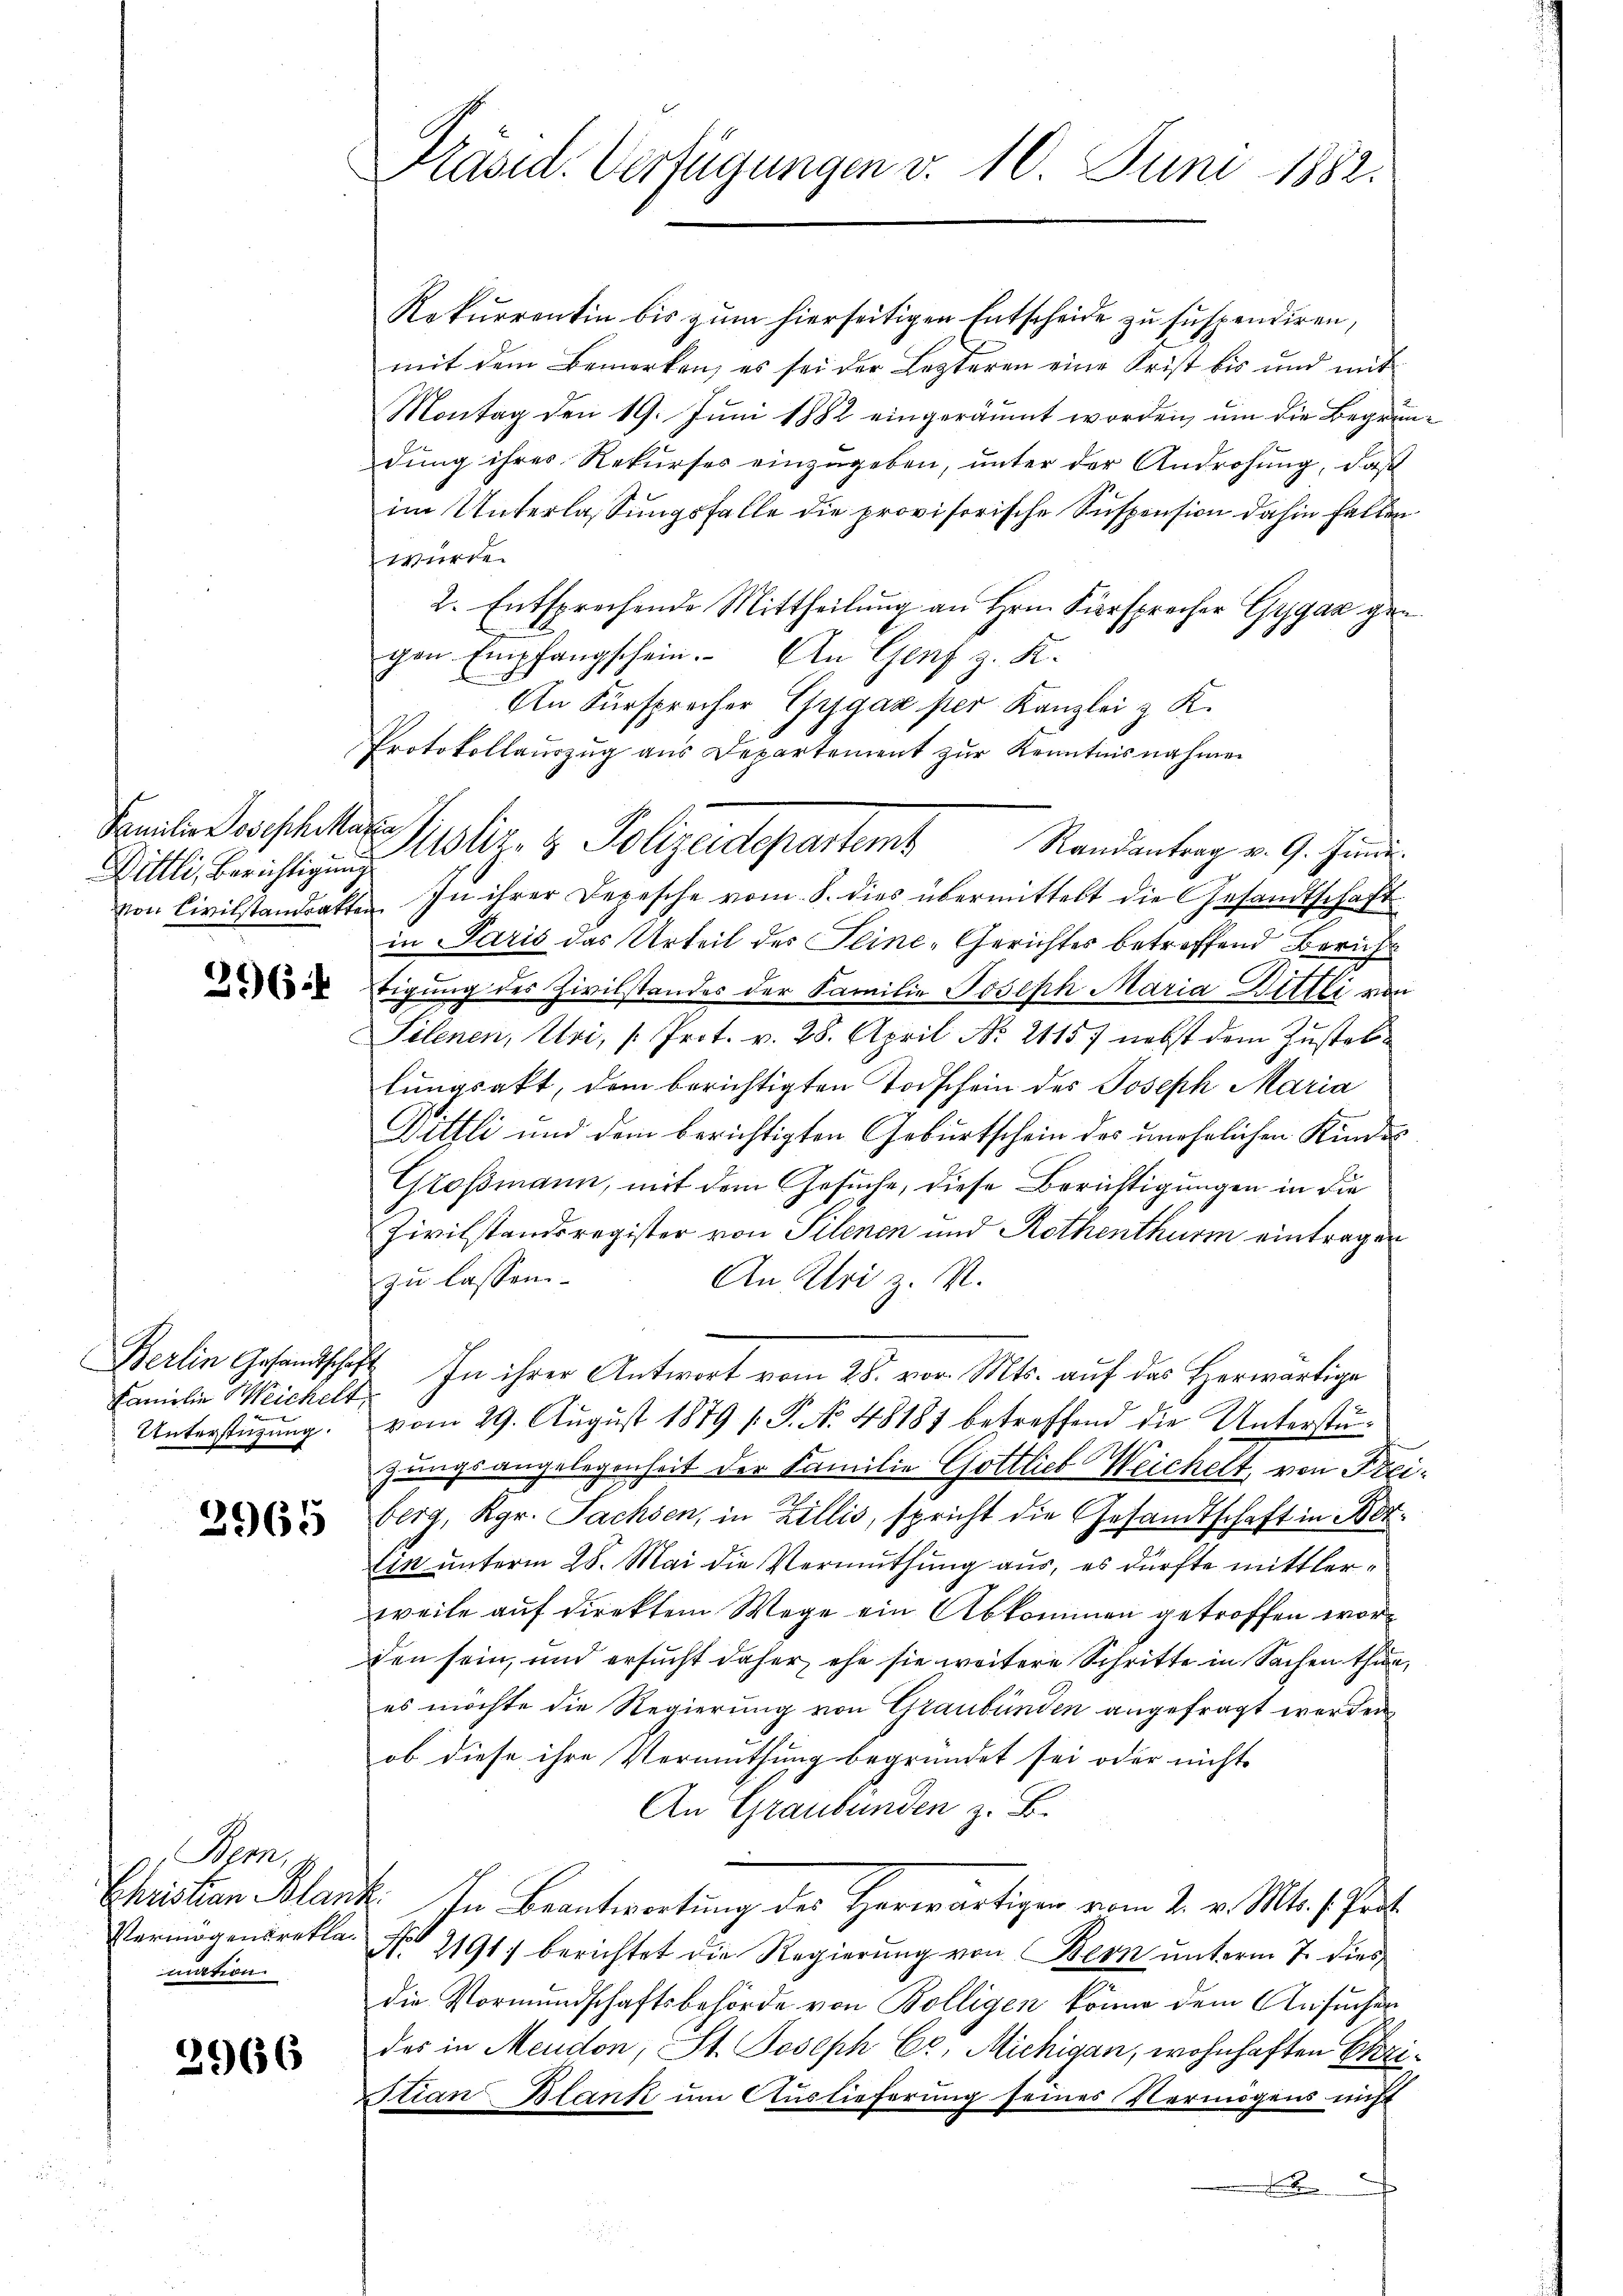
Dillli, Berichtigung

396.

Berlin Gesandtschaf
Familie Weichelt,
Unterstüzung.

3965

Pens
Christian Blan
Vermögensrekla-
mation.

2966

Präsid. Verfügungen v. 10. Juni 1882.

h

Rekurrentin bis zum hierseitigen Entscheide zu suspendiren,
mit dem Bemerken, es sei der Lezteren eine Frist bis und mit
Montag den 19. Juni 1882 eingeräumt worden, um die Begründung ihres Rekurses einzugeben, unter der Androhung, daß
im Unterlassungsfalle die provisorische Suspension dahin fallen
würde.
2. Entsprechende Mittheilŭng an Hrn. Fürsprecher Gygaz gen
gen Empfangschein. An Genf z. K.
An Fürsprecher Organ per Kanzlei z. K.
Protokollaŭszŭg aŭs Departement zŭr Kenntnisnahmen
von Civilstandsakten. In ihrer Depesche vom 8. dies übermittelt die Gesandtschaft
in Paris das Urteil des Seine-Gerichtes betreffend Bericht
tigung des Zivilstandes der Familie Joseph Maria Dittli von
Telenen, Uri, Prot. v. 28. April No 2115) nebst dem Zustellungsakt, dem berichtigten Todschein des Joseph Maria
Dittli und dem berichtigten Geburtschein des unehelichen Kinde
Großmann, mit dem Gesuche, diese Berichtigungen in die
Zivilstandsregister von Silenen und Rothenthurm eintragen
zu lassen.
An Uri z. V.
In ihrer Antwort vom 28. vor. Mts. auf das Herwärtige
vom 29. August 1879 /: P. No. 48187 betreffend die Unterstüzungsangelegenheit der Familie Gottlieb Weichelt, von Freiberg, Kgr. Fachsen, in Zillis, spricht die Gesandtschaft in Not
Ein unterm 28. Mai die Vermuthung aus, es dürfte mittlerweile auf direktem Wege ein Abkommen getroffen worden sein, und ersucht daher, ehe sie weitere Schritte in Sachen thue,
es möchte die Regierung von Graubünden angefragt werden
ob diese ihre Vermuthung begründet sei oder nicht
An Graubünden z. B.
V. In Beantwortung des Herwärtigen vom 2. v. Mts. Part
No 2191) berichtet die Regierung von Bern unterm 7. dies
die Vormundschaftsbehörde von Bolligen könne dem Ansucher
der in Meudon, St. Joseph Cc. Michigan, wohnhaften Chri¬
Stian Blank um Auslieferung seines Vermögens nicht
.

Familie erschiker Suppliz- & Polizeidepartem Randantrag v. 9. Juni.